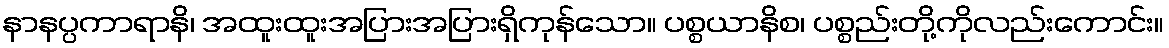
နာနပ္ပကာရာနိ၊ အထူးထူးအပြားအပြားရှိကုန်သော။ ပစ္စယာနိစ၊ ပစ္စည်းတို့ကိုလည်းကောင်း။